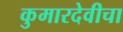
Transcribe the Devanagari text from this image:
कुमारदेवीचा